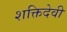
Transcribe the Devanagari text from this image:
शक्तिदेवी